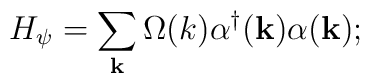
H_{\psi}  =  \sum_{\bf k}\Omega(k){\alpha}^{\dagger}({\bf k}){\alpha}({\bf k});